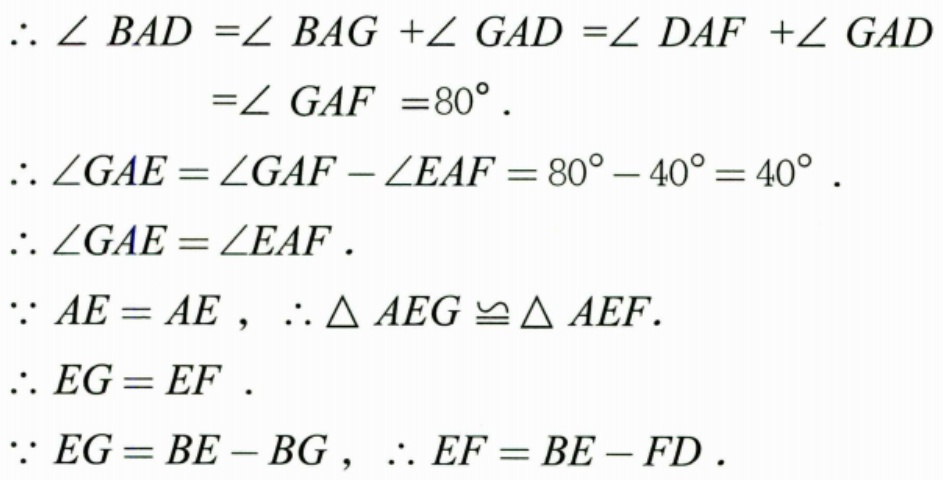
\(\begin{align*}
\therefore \angle BAD &= \angle BAG+\angle GAD=\angle DAF + \angle GAD\\
&=\angle GAF = 80^{\circ}.
\end{align*}\)
\(\therefore \angle GAE=\angle GAF-\angle EAF = 80^{\circ}-40^{\circ}=40^{\circ}.\)
\(\therefore \angle GAE=\angle EAF.\)
\(\because AE = AE\)，\(\therefore \triangle AEG\cong\triangle AEF.\)
\(\therefore EG = EF.\)
\(\because EG = BE - BG\)，\(\therefore EF = BE - FD.\)